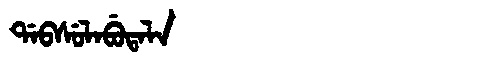
Manchu: ᡩᠠᠪᠰᡠᠯᠠᠪᡠᡨᠠᠯᠠ
Romanization: DABSULABUTALA